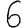
Digit: 6